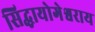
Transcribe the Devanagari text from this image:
सिद्धायोगेश्वराय